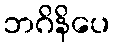
ဘဂိနိပေ